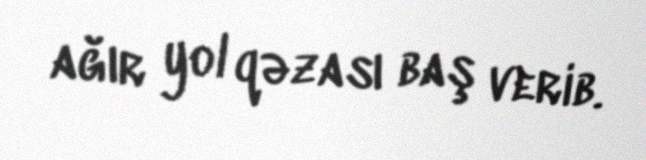
ağır yol qəzası baş verib.